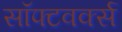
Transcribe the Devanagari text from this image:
सॉफ्टवर्क्स